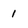
Character: 1